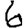
Digit: 6